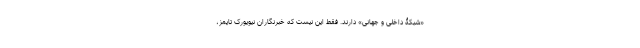
«شبکۀ داخلی و جهانی» دارند. فقط این نیست که خبرنگاران نیویورک تایمز،